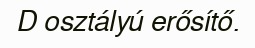
D osztályú erősítő.